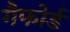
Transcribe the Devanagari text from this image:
गैफोर्ड